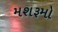
મશરૂમો